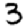
Digit: 3